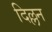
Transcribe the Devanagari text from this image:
दिल्लन